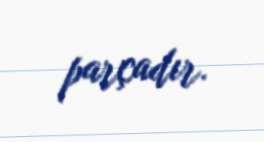
parçadır.